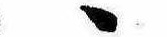
ゝ